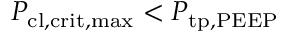
P _ { \mathrm { c l , c r i t , m a x } } < P _ { \mathrm { t p , P E E P } }